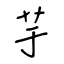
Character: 芋